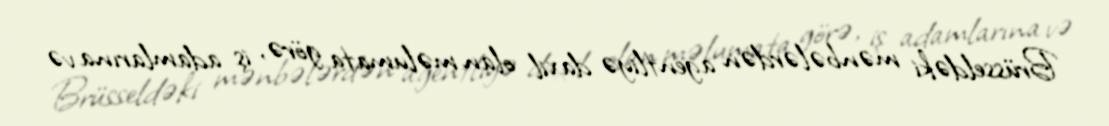
Brüsseldəki mənbələrdən agentliyə daxil olan məlumata görə, iş adamlarına və